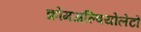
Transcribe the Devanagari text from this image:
क्रोमअल्वियोलेटों